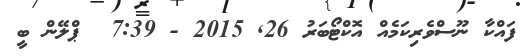
ފައްކާ ނޫސްވެރިކަމެއް އޮކްޓޯބަރު 26